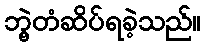
ဘွဲ့တံဆိပ်ရခဲ့သည်။